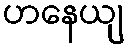
ဟနေယျ